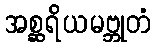
အစ္ဆရိယမဗ္ဘုတံ